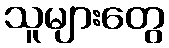
သူများတွေ